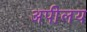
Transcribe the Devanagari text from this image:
अपीलय